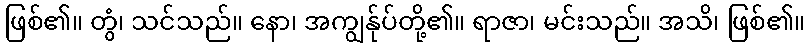
ဖြစ်၏။ တွံ၊ သင်သည်။ နော၊ အကျွန်ုပ်တို့၏။ ရာဇာ၊ မင်းသည်။ အသိ၊ ဖြစ်၏။